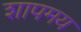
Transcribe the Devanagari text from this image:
शापमय